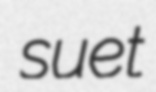
suet